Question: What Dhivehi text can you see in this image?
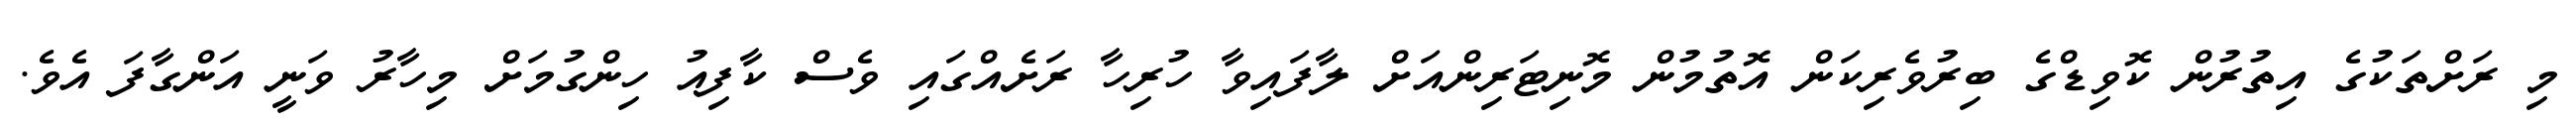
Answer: މި ރަށްތަކުގެ އިތުރުން ކޮވިޑްގެ ބިރުވެރިކަން އޮތުމުން މޮނިޓަރިންއަށް ލާފައިވާ ހުރިހާ ރަށެއްގައި ވެސް ކާފިއު ހިންގުމަށް މިހާރު ވަނީ އަންގާފަ އެވެ.